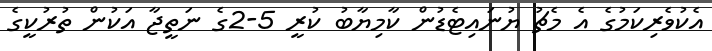
އެކުވެރިކަމުގެ އެ މެޗު ޔުނައިޓެޑުން ކާމިޔާބު ކުރީ 5-2ގެ ނަތީޖާ އަކުން ތުރުކީގެ